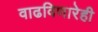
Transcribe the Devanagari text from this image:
वाढविणारेही